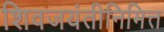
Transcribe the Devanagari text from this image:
शिवजयंतीनिमित्त